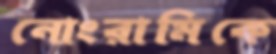
নোংরামিকে